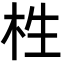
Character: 栍